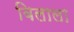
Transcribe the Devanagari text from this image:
बिलाला